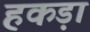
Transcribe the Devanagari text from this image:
हकड़ा